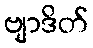
ဗျာဒိတ်